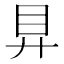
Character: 𥃲